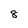
Character: 8